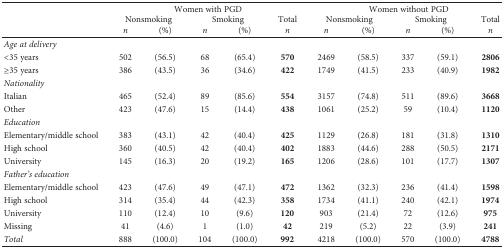
<table><thead><tr><td rowspan="3"></td><td colspan="5"><b>Women with PGD</b></td><td colspan="5"><b>Women without PGD</b></td></tr><tr><td colspan="2"><b>Nonsmoking</b></td><td colspan="2"><b>Smoking</b></td><td><b>Total</b></td><td colspan="2"><b>Nonsmoking</b></td><td colspan="2"><b>Smoking</b></td><td><b>Total</b></td></tr><tr><td><b><i>n</i></b></td><td><b>(%)</b></td><td><b><i>n</i></b></td><td><b>(%)</b></td><td><b><i>n</i></b></td><td><b><i>n</i></b></td><td><b>(%)</b></td><td><b><i>n</i></b></td><td><b>(%)</b></td><td><b><i>n</i></b></td></tr></thead><tbody><tr><td><i>Age at delivery</i></td><td></td><td></td><td></td><td></td><td></td><td></td><td></td><td></td><td></td><td></td></tr><tr><td>&lt;35 years</td><td>502</td><td>(56.5)</td><td>68</td><td>(65.4)</td><td><b>570</b></td><td>2469</td><td>(58.5)</td><td>337</td><td>(59.1)</td><td><b>2806</b></td></tr><tr><td>≥35 years</td><td>386</td><td>(43.5)</td><td>36</td><td>(34.6)</td><td><b>422</b></td><td>1749</td><td>(41.5)</td><td>233</td><td>(40.9)</td><td><b>1982</b></td></tr><tr><td><i>Nationality</i></td><td></td><td></td><td></td><td></td><td></td><td></td><td></td><td></td><td></td><td></td></tr><tr><td>Italian</td><td>465</td><td>(52.4)</td><td>89</td><td>(85.6)</td><td><b>554</b></td><td>3157</td><td>(74.8)</td><td>511</td><td>(89.6)</td><td><b>3668</b></td></tr><tr><td>Other</td><td>423</td><td>(47.6)</td><td>15</td><td>(14.4)</td><td><b>438</b></td><td>1061</td><td>(25.2)</td><td>59</td><td>(10.4)</td><td><b>1120</b></td></tr><tr><td><i>Education</i></td><td></td><td></td><td></td><td></td><td></td><td></td><td></td><td></td><td></td><td></td></tr><tr><td>Elementary/middle school</td><td>383</td><td>(43.1)</td><td>42</td><td>(40.4)</td><td><b>425</b></td><td>1129</td><td>(26.8)</td><td>181</td><td>(31.8)</td><td><b>1310</b></td></tr><tr><td>High school</td><td>360</td><td>(40.5)</td><td>42</td><td>(40.4)</td><td><b>402</b></td><td>1883</td><td>(44.6)</td><td>288</td><td>(50.5)</td><td><b>2171</b></td></tr><tr><td>University</td><td>145</td><td>(16.3)</td><td>20</td><td>(19.2)</td><td><b>165</b></td><td>1206</td><td>(28.6)</td><td>101</td><td>(17.7)</td><td><b>1307</b></td></tr><tr><td><i>Father&#x27;s education</i></td><td></td><td></td><td></td><td></td><td></td><td></td><td></td><td></td><td></td><td></td></tr><tr><td>Elementary/middle school</td><td>423</td><td>(47.6)</td><td>49</td><td>(47.1)</td><td><b>472</b></td><td>1362</td><td>(32.3)</td><td>236</td><td>(41.4)</td><td><b>1598</b></td></tr><tr><td>High school</td><td>314</td><td>(35.4)</td><td>44</td><td>(42.3)</td><td><b>358</b></td><td>1734</td><td>(41.1)</td><td>240</td><td>(42.1)</td><td><b>1974</b></td></tr><tr><td>University</td><td>110</td><td>(12.4)</td><td>10</td><td>(9.6)</td><td><b>120</b></td><td>903</td><td>(21.4)</td><td>72</td><td>(12.6)</td><td><b>975</b></td></tr><tr><td>Missing</td><td>41</td><td>(4.6)</td><td>1</td><td>(1.0)</td><td><b>42</b></td><td>219</td><td>(5.2)</td><td>22</td><td>(3.9)</td><td><b>241</b></td></tr><tr><td><i>Total</i></td><td>888</td><td>(100.0)</td><td>104</td><td>(100.0)</td><td><b>992</b></td><td>4218</td><td>(100.0)</td><td>570</td><td>(100.0)</td><td><b>4788</b></td></tr></tbody></table>